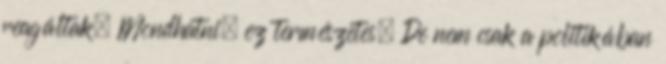
reagáltak. Mondhatni, ez természetes. De nem csak a politikában